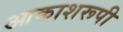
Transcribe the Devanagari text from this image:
आकाशरूपी